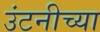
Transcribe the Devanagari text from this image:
उंटनीच्या